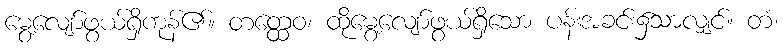
မွေ့လျော်ဖွယ်ရှိကုန်၏။ တတ္ထေဝ၊ ထိုမွေ့လျော်ဖွယ်ရှိသော ပန်းအခင်း၌သာလျှင်။ တံ၊